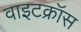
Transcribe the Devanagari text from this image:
वाइटक्रॉस